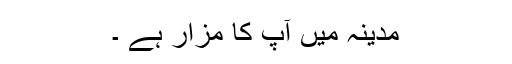
مدینہ میں آپ کا مزار ہے ۔